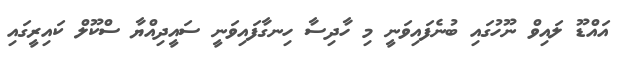
އައްޑޫ ލައިވް ނޫހުގައި ބުނެފައިވަނީ މި ހާދިސާ ހިނގާފައިވަނީ ސައީދިއްޔާ ސްކޫލް ކައިރީގައި